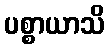
ပစ္စာယာသိ